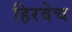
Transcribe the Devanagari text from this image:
हिरवेच